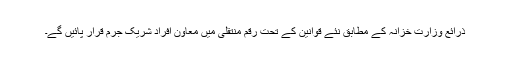
ذرائع وزارت خزانہ کے مطابق نئے قوانین کے تحت رقم منتقلی میں معاون افراد شریک جرم قرار پائیں گے۔